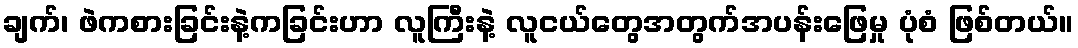
ချက်၊ ဖဲကစားခြင်းနဲ့ကခြင်းဟာ လူကြီးနဲ့ လူငယ်တွေအတွက်အပန်းဖြေမှု ပုံစံ ဖြစ်တယ်။